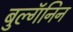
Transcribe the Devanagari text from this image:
बुल्गॅनिन